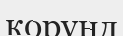
корунд